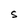
Character: S